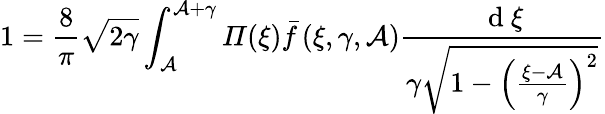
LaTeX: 1=\frac{8}{\pi}\sqrt{2\gamma}\int_{\mathcal{A}}^{\mathcal{A}+\gamma}\mathit{\Pi}(\xi)\bar{f}\left(\xi,\gamma,\mathcal{A}\right)\frac{\mathrm{~d~}\xi}{\gamma\sqrt{1-\left(\frac{\xi-\mathcal{A}}{\gamma}\right)^{2}}}